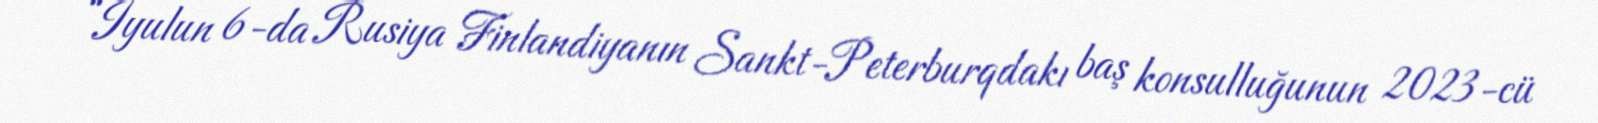
“İyulun 6-da Rusiya Finlandiyanın Sankt-Peterburqdakı baş konsulluğunun 2023-cü